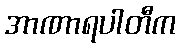
အာဏာရပါတီက